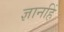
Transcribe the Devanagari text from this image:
ज्ञानहिं